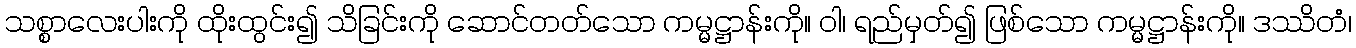
သစ္စာလေးပါးကို ထိုးထွင်း၍ သိခြင်းကို ဆောင်တတ်သော ကမ္မဋ္ဌာန်းကို။ ဝါ၊ ရည်မှတ်၍ ဖြစ်သော ကမ္မဋ္ဌာန်းကို။ ဒဿိတံ၊